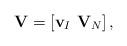
LaTeX: \begin{align*}\mathbf{V}=\left[\mathbf{v}_{I}~\mathbf{V}_{N}\right],\end{align*}